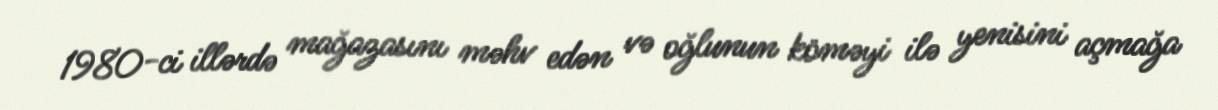
1980-ci illərdə mağazasını məhv edən və oğlunun köməyi ilə yenisini açmağa